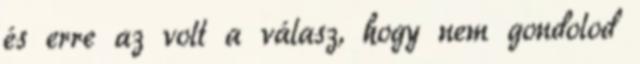
és erre az volt a válasz, hogy nem gondolod